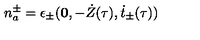
n _ { a } ^ { \pm } = \epsilon _ { \pm } ( { \bf 0 } , - \dot { Z } ( \tau ) , \dot { t } _ { \pm } ( \tau ) )